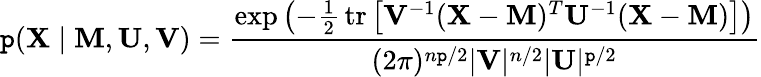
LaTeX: \mathtt{p}(\mathbf{{X}}\mid\mathbf{{M}},\mathbf{{U}},\mathbf{{V}})={\frac{{\exp\left(-{\frac{{1}}{{2}}}\, \mathrm{{tr}}\left[\mathbf{{V}}^{-1}(\mathbf{{X}}-\mathbf{{M}})^{T}\mathbf{{U}}^{-1}(\mathbf{{X}}-\mathbf{{M}})\right]\right)}}{{(2\pi)^{n\mathtt{p}/2}|\mathbf{{V}}|^{n/2}|\mathbf{{U}}|^{\mathtt{p}/2}}}}